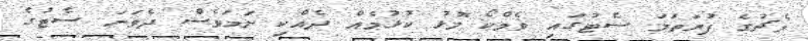
މެޗުގެ ފުރަތަމަ ސެޓުގައި ވެމްކޯ މޮޅު ކުޅުމެއް ދެއްކި ނަމަވެސް ދެވަނަ ސެޓުގެ